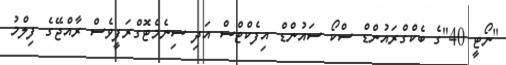
"ނޯޓީ 40"ގެ ބެކްގްރައުންޑް ސްކޯ ސައުންޑް އިފެކްޓްސް އަދި ސިނެމެޓޮގްރަފީވެސް ރާއްޖޭގެ ފިލްމު